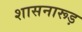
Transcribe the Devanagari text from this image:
शासनारूड़